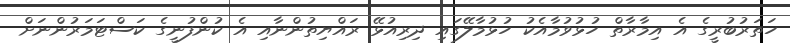
ހަތަރުބުރީގެ އެ އިމާރާތް ހުޅުވުމާއެކު ހުޅުމާލޭގައި ދިރިއުޅޭ ރައްޔިތުންނާއި އެ ކުންފުނީގެ ކަސްޓަމަރުންނަށް